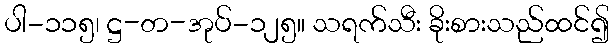
ပါ-၁၁၅၊ ဋ္ဌ-တ-အုပ်-၁၂၅။ သရက်သီး ခိုးစားသည်ထင်၍